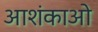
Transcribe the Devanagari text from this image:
आशंकाओ